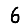
Digit: 6